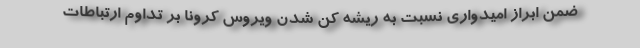
ضمن ابراز امیدواری نسبت به ریشه کن شدن ویروس کرونا بر تداوم ارتباطات